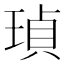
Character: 𤦹